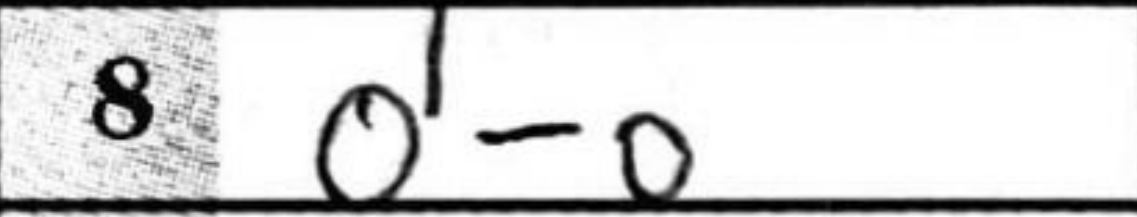
Transcription: O-O